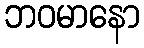
ဘဝမာနော